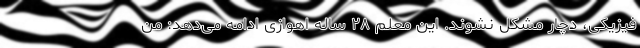
فیزیکی، دچار مشکل نشوند. این معلم ۲۸ ساله اهوازی ادامه می‌دهد: من